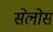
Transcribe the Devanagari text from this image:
सेलोर्स